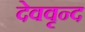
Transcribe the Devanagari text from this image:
देववृन्द